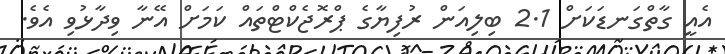
އެއީ ގާތްގަނޑަކަށް 2.1 ބިލިއަން ރުފިޔާގެ ޕްރޮޖެކްޓްތައް ކަމަށް އޭނާ ވިދާޅުވި އެވެ.